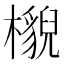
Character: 𣞠